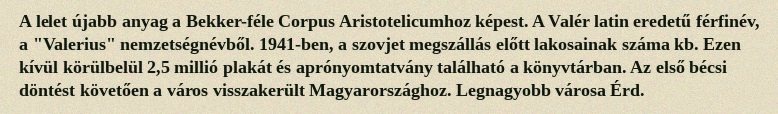
A lelet újabb anyag a Bekker-féle Corpus Aristotelicumhoz képest. A Valér latin eredetű férfinév, a "Valerius" nemzetségnévből. 1941-ben, a szovjet megszállás előtt lakosainak száma kb. Ezen kívül körülbelül 2,5 millió plakát és aprónyomtatvány található a könyvtárban. Az első bécsi döntést követően a város visszakerült Magyarországhoz. Legnagyobb városa Érd.